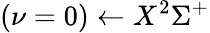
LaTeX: (\nu=0)\leftarrow X^{2}\Sigma^{+}